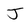
Character: J